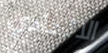
الاتحادي